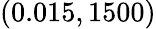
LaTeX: (0.015,1500)